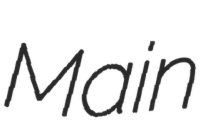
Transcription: Main